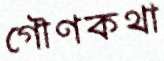
গৌণকথা